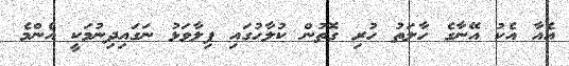
އެއާ އެކު އޭނާގެ ހާލަތު ހުރި ގޮތުން ކުލާހުގައި ފިލާވަޅު ނަގައިދިނުމަކީ އެންމެ